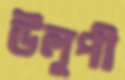
উলূপী